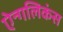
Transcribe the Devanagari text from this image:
ऐन्गलिकंस